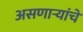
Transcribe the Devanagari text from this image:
असणाऱ्यांचे